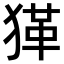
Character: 𤠇